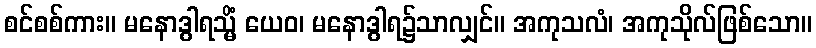
စင်စစ်ကား။ မနောဒွါရသ္မိံ ယေဝ၊ မနောဒွါရ၌သာလျှင်။ အကုသလံ၊ အကုသိုလ်ဖြစ်သော။